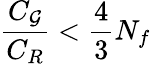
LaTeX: \frac{C_{\cal G}}{C_{R}}<\frac{4}{3}N_{f}